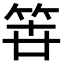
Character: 𮅉